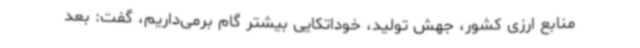
منابع ارزی کشور، جهش تولید، خوداتکایی بیشتر گام برمی‌داریم، گفت: بعد